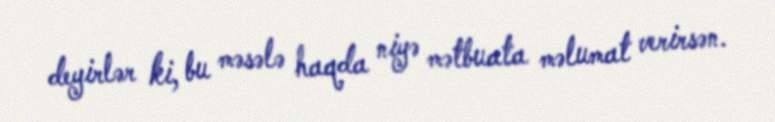
deyirlər ki, bu məsələ haqda niyə mətbuata məlumat verirsən.